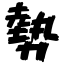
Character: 勢